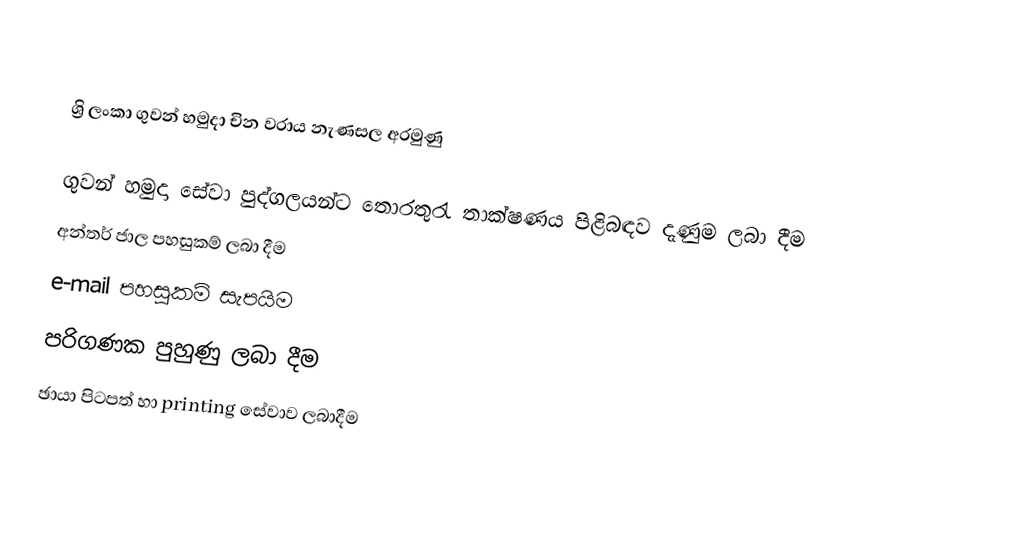

ශ්‍රි ලංකා ගුවන් හමුදා චින වරාය නැණසල අරමුණු

 ගුවන් හමුදා සේවා පුද්ගලයන්ට තොරතුරැ තාක්ෂණය පිළිබඳව දැණුම ලබා දීම
 අන්තර් ජාල පහසුකම් ලබා දීම
 e-mail පහසුකම් සැපයිම
 පරිගණක පුහුණු ලබා දීම
 ඡායා පිටපත් හා printing සේවාව ලබාදීම